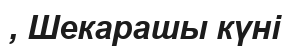
, Шекарашы күні